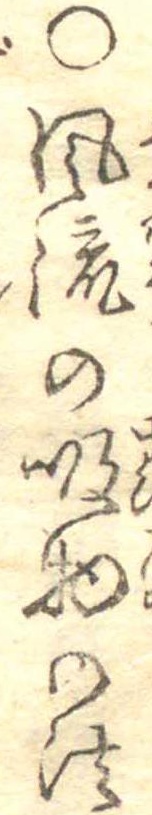
○風流の吸物の法